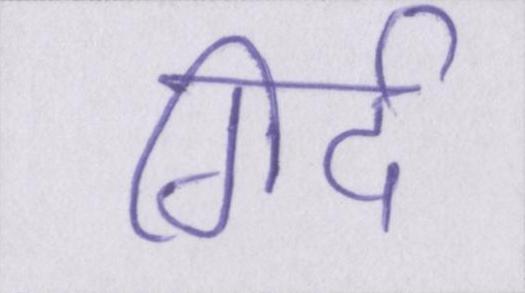
गिर्द